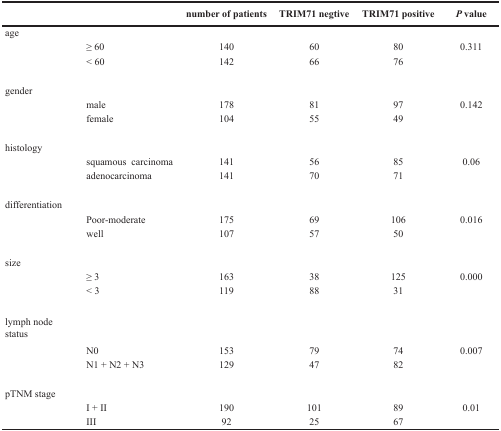
|  |  | number of patients | TRIM71 negtive | TRIM71 positive | P value |
 | --- | --- | --- | --- | --- | --- |
 | age |  |  |  |  |  |
 |  | ≥ 60 | 140 | 60 | 80 | 0.311 |
 |  | < 60 | 142 | 66 | 76 |  |
 | gender |  |  |  |  |  |
 |  | male | 178 | 81 | 97 | 0.142 |
 |  | female | 104 | 55 | 49 |  |
 | histology |  |  |  |  |  |
 |  | squamous carcinoma | 141 | 56 | 85 | 0.06 |
 |  | adenocarcinoma | 141 | 70 | 71 |  |
 | differentiation |  |  |  |  |  |
 |  | Poor-moderate | 175 | 69 | 106 | 0.016 |
 |  | well | 107 | 57 | 50 |  |
 | size |  |  |  |  |  |
 |  | ≥ 3 | 163 | 38 | 125 | 0.000 |
 |  | < 3 | 119 | 88 | 31 |  |
 | lymph nodestatus |  |  |  |  |  |
 |  | N0 | 153 | 79 | 74 | 0.007 |
 |  | N1 + N2 + N3 | 129 | 47 | 82 |  |
 | pTNM stage |  |  |  |  |  |
 |  | I + II | 190 | 101 | 89 | 0.01 |
 |  | III | 92 | 25 | 67 |  |